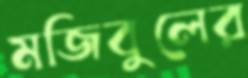
মজিবুলের